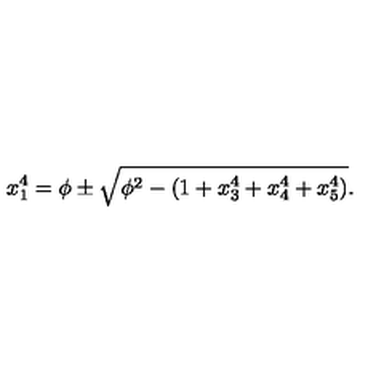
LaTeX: x _ { 1 } ^ { 4 } = \phi \pm \sqrt { \phi ^ { 2 } - ( 1 + x _ { 3 } ^ { 4 } + x _ { 4 } ^ { 4 } + x _ { 5 } ^ { 4 } ) } .